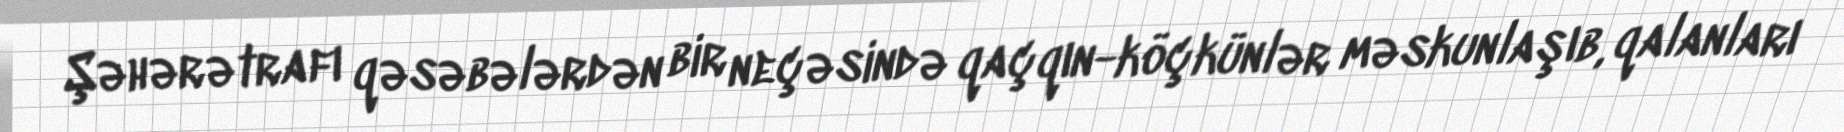
Şəhərətrafı qəsəbələrdən bir neçəsində qaçqın-köçkünlər məskunlaşıb, qalanları